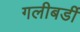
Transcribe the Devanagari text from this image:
गलीबर्डी